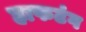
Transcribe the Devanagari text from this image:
हाफटंग